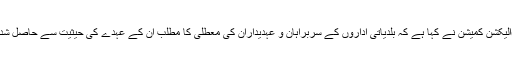
بدھ 11 جولائی 2018 ء)الیکشن کمیشن نے کہا ہے کہ بلدیاتی اداروں کے سربراہان و عہدیداران کی معطلی کا مطلب ان کے عہدے کی حیثیت سے حاصل شدہ اختیارات کی معطلی ہے۔